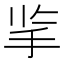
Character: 㧛